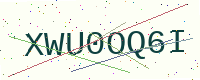
Text: XWU0OQ6I